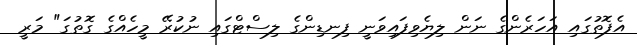
އެފޮތުގައި އަހަރެންގެ ނަން ލިޔެވިފައިވަނީ ފިނޑިންގެ ލިސްޓްގައި ނުކުރޭ މީހެއްގެ ގޮތުގަ" މަރީ